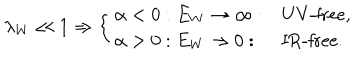
\lambda _ { W } \ll 1 \Rightarrow \left\{ \begin{array} { l l l } { { \alpha < 0 : E _ { W } \rightarrow \infty : } } & { { \mathrm { U V - f r e e , } } } \\ { { \alpha > 0 : E _ { W } \rightarrow 0 : } } & { { \mathrm { I R - f r e e . } } } \\ \end{array} \right.